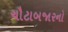
ચૌટાબજારનો